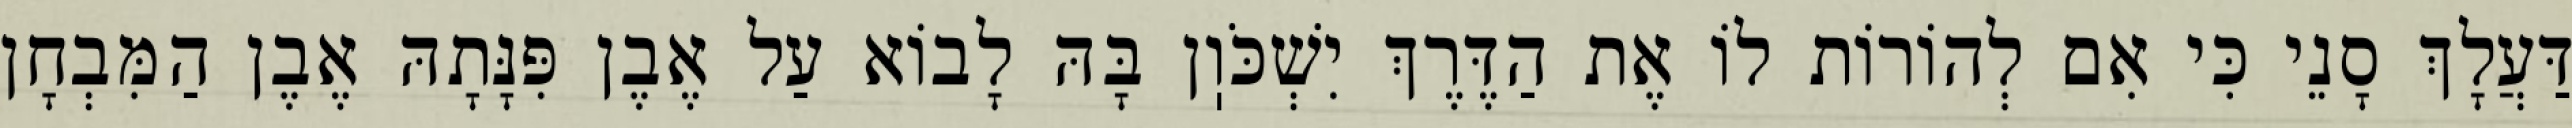
דַּעֲלָךְ סָנֵי כִּי אִם לְהוֹרוֹת לוֹ אֶת הַדֶּרֶךְ יִשְׁכֹּוֽן בָּהּ לָבוֹא עַל אֶבֶן פִּנָּתָהּ אֶבֶן הַמִּבְחָן